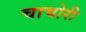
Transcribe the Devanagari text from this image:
चाचोरी